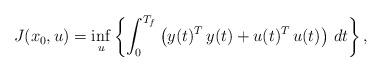
LaTeX: \begin{align*} J(x_0,u) =\inf_u \left\{\int_0^{T_f} \left ( y(t)^T\,y(t)+u(t)^T\,u(t) \right )\,dt\right\},\end{align*}